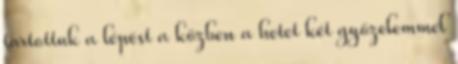
tartottuk a lépést a közben a hetet két győzelemmel